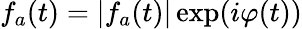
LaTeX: f_{a}(t)=|f_{a}(t)|\exp(i\varphi(t))